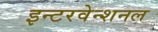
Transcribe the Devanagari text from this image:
इन्टरवेन्शनल